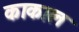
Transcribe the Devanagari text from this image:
काकाल